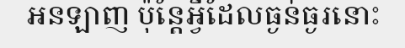
អនឡាញ ប៉ុន្តែអ្វីដែលធ្ងន់ធ្ងរនោះ